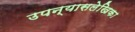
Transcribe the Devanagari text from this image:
उपन्यासलेखिका